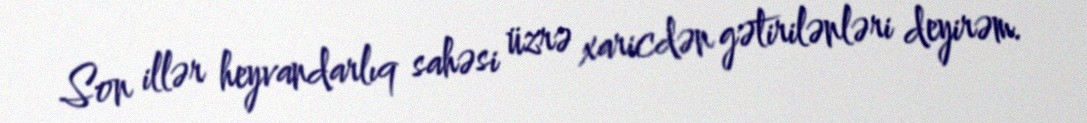
Son illər heyvandarlıq sahəsi üzrə xaricdən gətirilənləri deyirəm.